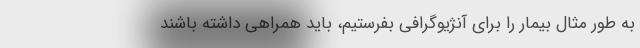
به طور مثال بیمار را برای آنژیوگرافی بفرستیم، باید همراهی داشته باشند